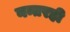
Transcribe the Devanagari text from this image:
नन्तरही